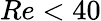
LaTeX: Re<40